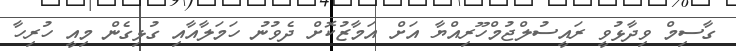
ގާސިމް ވިދާޅުވީ ރައީސުލްޖުމްހޫރިއްޔާ އަށް އަމާޒުކޮށް ދެވުނު ހަމަލާއާއި ގުޅިގެން މިއީ ހުރިހާ